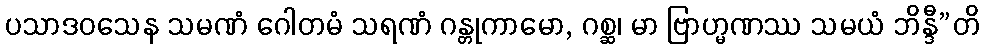
ပသာဒဝသေန သမဏံ ဂေါတမံ သရဏံ ဂန္တုကာမော, ဂစ္ဆ၊ မာ ဗြာဟ္မဏဿ သမယံ ဘိန္ဒီ”တိ